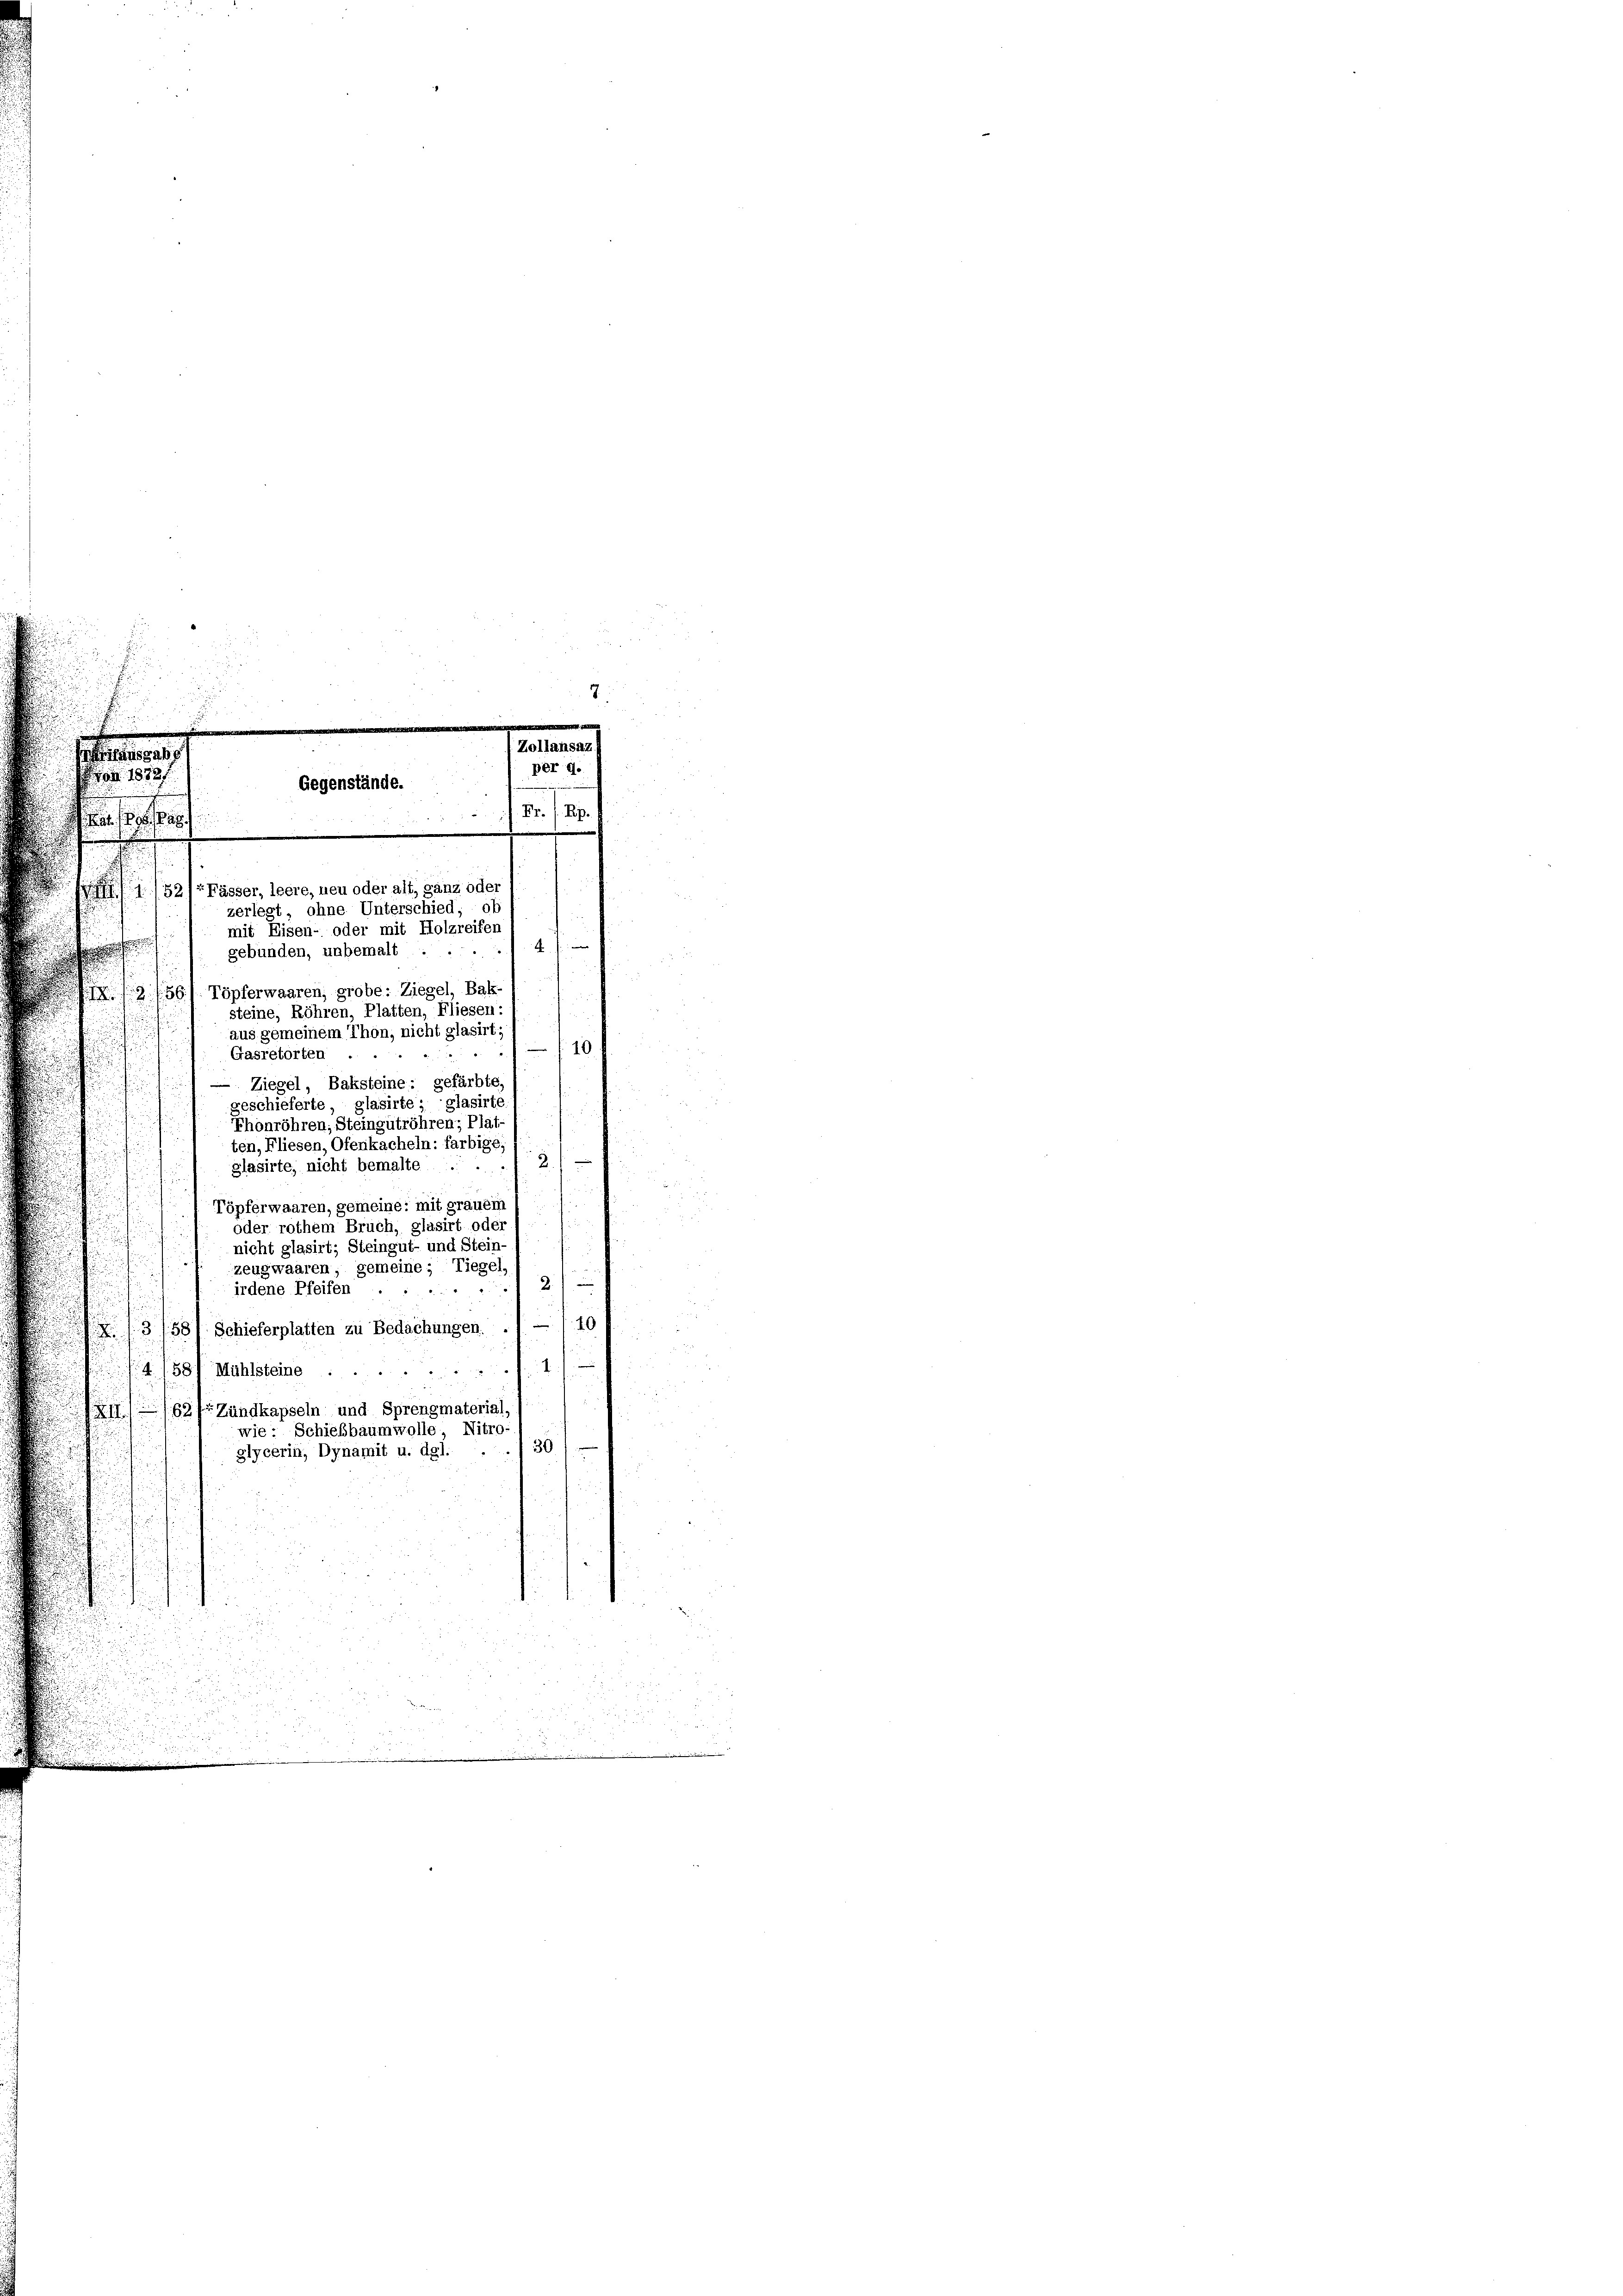
a
per d.
1872
Gegenstände.
Fr. f. Pip
s

Gasretorten
Ziegel, Baksteine, gefärbte,
geschieferte, glasirte glasirte.
Thonröhren, Steingutröhren; Plat
ten, Fliesen, Ofenkacheln: farbige
3/
glasirte, nicht bemalte . .
Töpferwaaren, gemeine: mit grauem
oder rothem Bruch, glasirt ode
nicht glasirt; Steingut- und Stein-
zeugwaaren, gemeine, Tiegel,
2.
irdene Pfeifen
"
81 Schieferplatten zu Bedachungen. . 1. — 110
(58) Mühlsteine
62f Zündkapseln und Sprengmaterial,
wie Schiebbaumwolle, Nitro-
307
glycerin, Dynamit u. dgl.

521r Fässer, leere, neu oder alt, ganz oder
zerlegt, ohne Unterschied, ob
mit Eisen- oder mit Holzreifer
4
gebunden, unbemalt
2/56/ Töpferwaaren, grobe: Ziegel, Bals
steine, Röhren, Platten, Fliesen
aus gemeinem Thon, nicht glasirt
10

Zollansaz